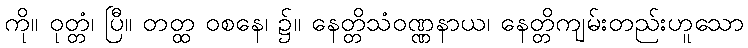
ကို။ ဝုတ္တံ၊ ပြီ။ တတ္ထ ဝစနေ၊ ၌။ နေတ္တိသံဝဏ္ဏနာယ၊ နေတ္တိကျမ်းတည်းဟူသော